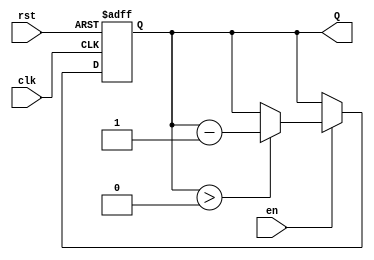
module binary_down_counter (
    input wire clk,      // Clock signal
    input wire rst,      // Asynchronous reset signal
    input wire en,       // Enable signal for counting
    output reg [3:0] Q   // 4-bit output for the current count value
);

    // Maximum count value for a 4-bit counter
    localparam MAX_COUNT = 4'b1111; // 15 in decimal

    // Asynchronous reset behavior
    always @(posedge clk or posedge rst) begin
        if (rst) begin
            Q <= MAX_COUNT; // Reset to maximum count value
        end else if (en) begin
            if (Q > 0) begin
                Q <= Q - 1; // Decrement the count
            end
            // Optional wrap-around behavior can be implemented here if needed
            // else begin
            //     Q <= MAX_COUNT; // Uncomment for wrap-around behavior
            // end
        end
    end

endmodule